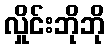
လှိုင်းဘိုဘို